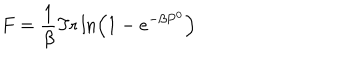
F = \frac { 1 } { \beta } \mathrm { T r } \ln \left( 1 - e ^ { - \beta P ^ { 0 } } \right)